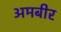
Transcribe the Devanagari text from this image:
अमबीर